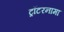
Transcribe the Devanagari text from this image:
ट्रॉटरनामा